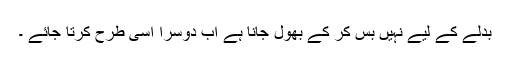
بدلے کے لیے نہیں بس کر کے بھول جانا ہے اب دوسرا اسی طرح کرتا جائے ۔